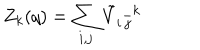
Z _ { k } ( q ) = \sum _ { i , j } { \tilde { V } } _ { i \, \bar { j } } { } ^ { k }